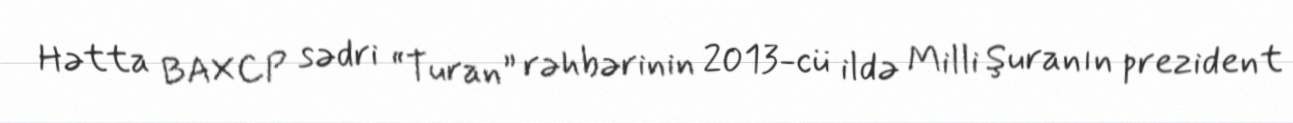
Hətta BAXCP sədri “Turan” rəhbərinin 2013-cü ildə Milli Şuranın prezident